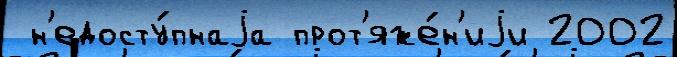
 н'едосту́пнаjа прот'яже́н'иjи 2002